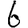
Digit: 6